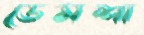
ডেমশা